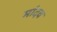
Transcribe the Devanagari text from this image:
मांदव